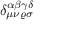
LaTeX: \delta _ { \mu \nu \varrho \sigma } ^ { \alpha \beta \gamma \delta }